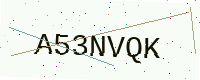
Text: A53NVQK